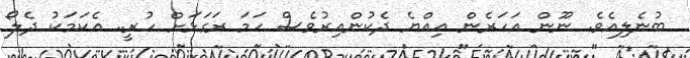
ބުނެލިއެވެ. ނޫން އަހަރެން އިއްޔެ ދެކުންއިރުވެސް ހަމަ ރަގަޅަށް ހުރީ.. އެކަމަކު ދެލޯ